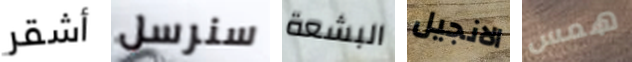
أشقر سنرسل البشعة الانجيل همس